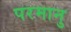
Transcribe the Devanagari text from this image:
परमानु